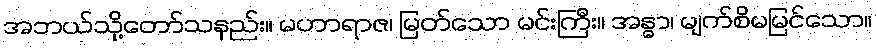
အဘယ်သို့တော်သနည်း။ မဟာရာဇ၊ မြတ်သော မင်းကြီး။ အန္ဓာ၊ မျက်စိမမြင်သော။